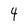
Character: 4